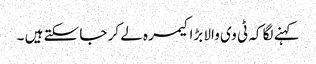
کہنے لگا کہ ٹی وی والا بڑا کیمرہ لے کر جا سکتے ہیں ۔